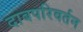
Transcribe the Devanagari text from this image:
दाबपरिवर्तन